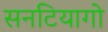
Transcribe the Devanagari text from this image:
सनटियागो